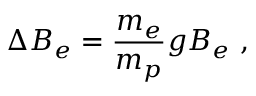
\Delta B _ { e } = \frac { m _ { e } } { m _ { p } } g B _ { e } \ ,